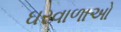
ઘરવાળાઓ